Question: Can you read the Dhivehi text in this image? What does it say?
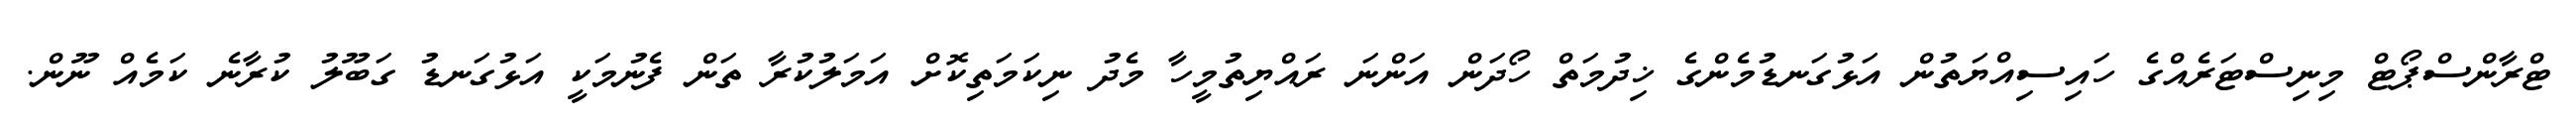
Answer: ޓްރާންސްޕޯޓް މިނިސްޓަރެއްގެ ހައިސިއްޔަތުން އަޅުގަނޑުމެންގެ ޚިދުމަތް ހޯދަން އަންނަ ރައްޔިތުމީހާ މެދު ނިކަމަތިކޮށް އަމަލުކުރާ ތަން ފެނުމަކީ އަޅުގަނޑު ގަބޫލު ކުރާނެ ކަމެއް ނޫން.